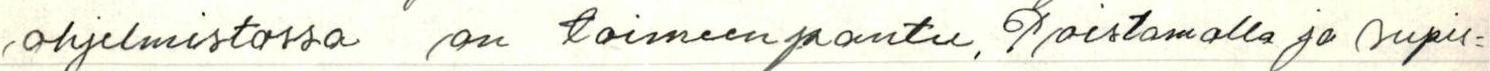
ohjelmistossa on toimeenpantu. Poistamalla ja supis=